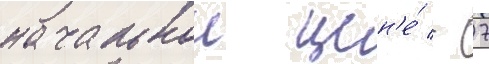
начальнои цен'е́ - 7